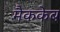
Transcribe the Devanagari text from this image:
मैककेब